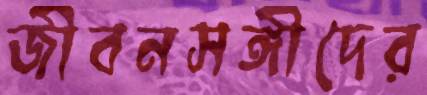
জীবনসঙ্গীদের